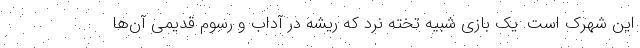
این شهرک است. یک بازی شبیه تخته نرد که ریشه در آداب و رسوم قدیمی آن‌ها